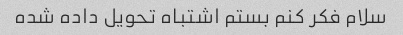
سلام فکر کنم بستم اشتباه تحویل داده شده